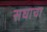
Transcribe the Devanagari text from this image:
सघाचा